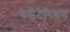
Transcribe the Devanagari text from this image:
पेसेटेरियन